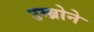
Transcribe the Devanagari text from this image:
उम्ब्रोने